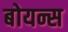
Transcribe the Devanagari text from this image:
बोयन्स